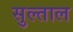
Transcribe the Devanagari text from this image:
सुल्ताल